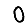
Digit: 0